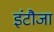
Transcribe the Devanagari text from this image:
इंटौजा